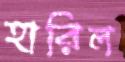
হারিল